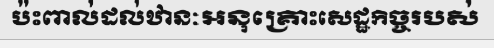
ប៉ះពាល់ដល់ឋានៈអនុគ្រោះសេដ្ឋកិច្ចរបស់